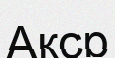
Акср